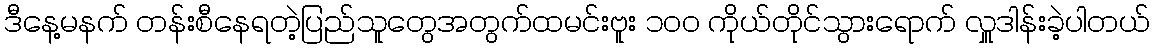
ဒီနေ့မနက် တန်းစီနေရတဲ့ပြည်သူတွေအတွက်ထမင်းဗူး ၁၀၀ ကိုယ်တိုင်သွားရောက် လှူဒါန်းခဲ့ပါတယ်